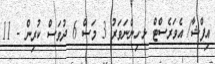
އިފްޝާ/ އެވަރެސްޓް ޅ.ހިންނަވަރު 3 މަސް 6 ދުވަސް ކުރިން - 11